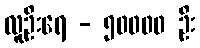
လူဦးရေ - ၅၀၀၀၀ ဦး